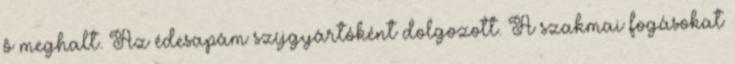
ô meghalt. Az édesapám szíjgyártóként dolgozott. A szakmai fogásokat